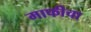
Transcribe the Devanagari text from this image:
माफीचा